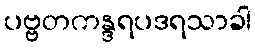
ပဗ္ဗတကန္ဒရပဒရသာခါ